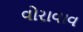
વોરાવાવ